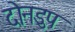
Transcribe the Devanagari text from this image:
दोनडुप